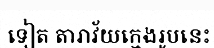
ទៀត តារាវ័យក្មេងរូបនេះ